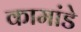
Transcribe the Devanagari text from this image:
कामांडे